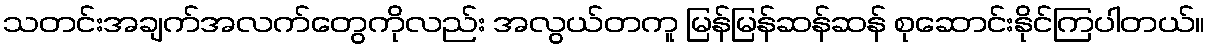
သတင်းအချက်အလက်တွေကိုလည်း အလွယ်တကူ မြန်မြန်ဆန်ဆန် စုဆောင်းနိုင်ကြပါတယ်။